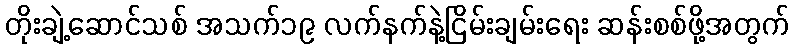
တိုးချဲ့ဆောင်သစ် အသက်၁၉ လက်နက်နဲ့ငြိမ်းချမ်းရေး ဆန်းစစ်ဖို့အတွက်